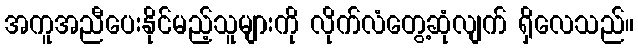
အကူအညီပေးနိုင်မည့်သူများကို လိုက်လံတွေ့ဆုံလျက် ရှိလေသည်။